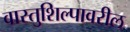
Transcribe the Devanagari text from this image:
वास्तुशिल्पावरील